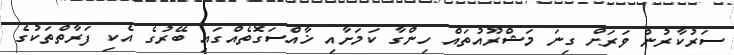
ސަރުކާރުން ވަރަށް ގިނަ މަޝްރޫއުތައް ހިންގާ ކަމަށާއި ޚާއްސަގޮތެއްގައި ބޭރުގެ އެކި ފަރާތްތަކުގެ